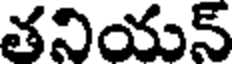
తనియన్